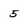
Character: 5